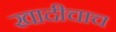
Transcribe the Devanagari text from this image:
खादीचाच